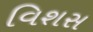
વિશસ